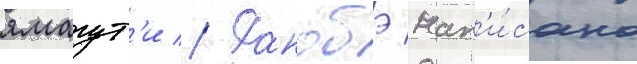
ямагут'и // Ранобэ нап'и́сано